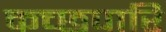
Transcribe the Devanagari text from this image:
कच्छपारि